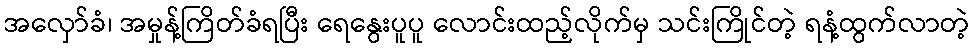
အလှော်ခံ၊ အမှုန့်ကြိတ်ခံရပြီး ရေနွေးပူပူ လောင်းထည့်လိုက်မှ သင်းကြိုင်တဲ့ ရနံ့ထွက်လာတဲ့